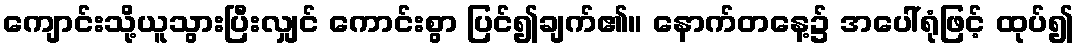
ကျောင်းသို့ယူသွားပြီးလျှင် ကောင်းစွာ ပြင်၍ချက်၏။ နောက်တနေ့၌ အပေါ်ရုံဖြင့် ထုပ်၍